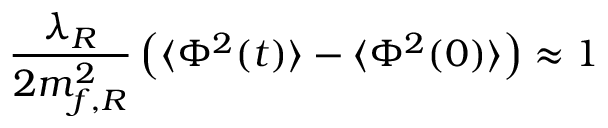
\frac { \lambda _ { R } } { 2 m _ { f , R } ^ { 2 } } \left( \langle \Phi ^ { 2 } ( t ) \rangle - \langle \Phi ^ { 2 } ( 0 ) \rangle \right) \approx 1